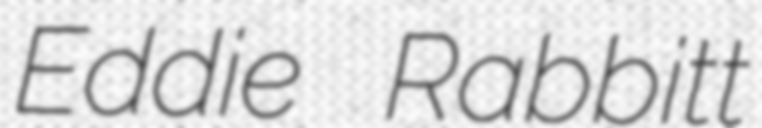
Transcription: Eddie Rabbitt